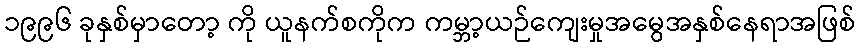
၁၉၉၆ ခုနှစ်မှာတော့ ကို ယူနက်စကိုက ကမ္ဘာ့ယဉ်ကျေးမှုအမွေအနှစ်နေရာအဖြစ်